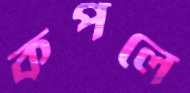
কপলে